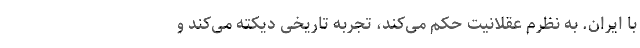
با ایران. به نظرم عقلانیت حکم می‌کند، تجربه تاریخی دیکته می‌کند و